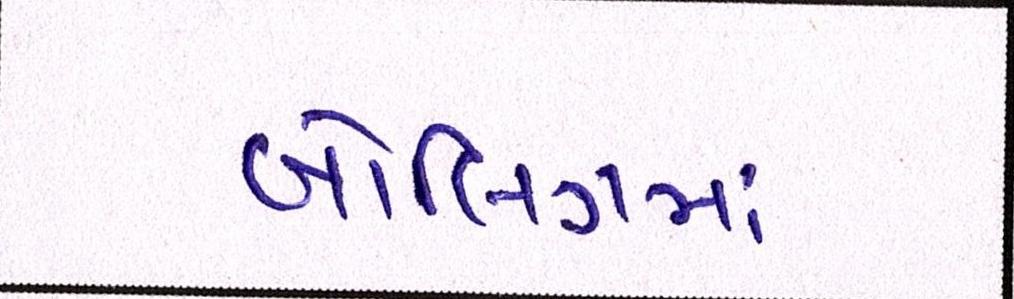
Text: બોલિંગમાં